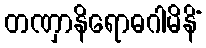
တဏှာနိရောဓဂါမိနိံ